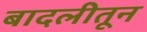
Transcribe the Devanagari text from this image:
बादलीतून